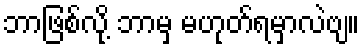
ဘာဖြစ်လို့ ဘာမှ မဟုတ်ရမှာလဲဗျ။